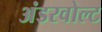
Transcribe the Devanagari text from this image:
अंडरवोल्ट